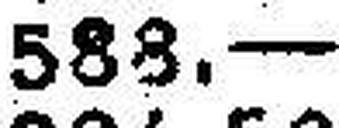
588.—